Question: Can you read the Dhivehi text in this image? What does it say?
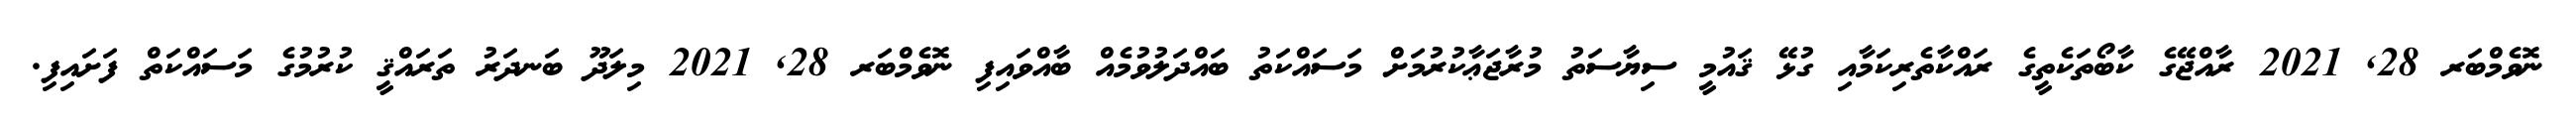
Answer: ނޮވެމްބަރ 28, 2021 ރާއްޖޭގެ ކާބޯތަކެތީގެ ރައްކާތެރިކަމާއި ގުޅޭ ޤައުމީ ސިޔާސަތު މުރާޖަޢާކުރުމަށް މަސައްކަތު ބައްދަލުވުމެއް ބާއްވައިފި ނޮވެމްބަރ 28, 2021 މިލަދޫ ބަނދަރު ތަރައްޤީ ކުރުމުގެ މަސައްކަތް ފަށައިފި.